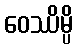
ဝေဿိမ္ပိ